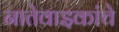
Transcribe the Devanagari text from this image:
नातेवाइकांचे